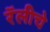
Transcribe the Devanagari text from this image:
रॅलीचे